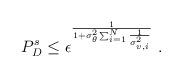
LaTeX: \begin{align*}P_{D}^s\le \epsilon^{\frac{1}{1+\sigma_{\theta}^2\sum_{i=1}^N\frac{1}{\sigma_{v,i}^2}}}\;.\end{align*}